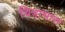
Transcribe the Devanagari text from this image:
चित्राभास